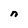
Character: n